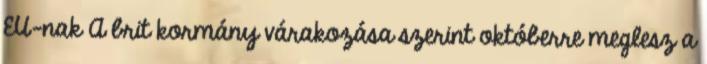
EU-nak A brit kormány várakozása szerint októberre meglesz a